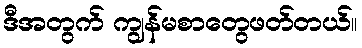
ဒီအတွက် ကျွန်မစာတွေဖတ်တယ်။